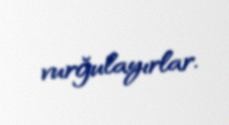
vurğulayırlar.